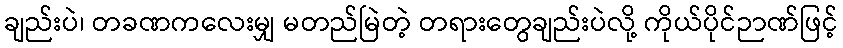
ချည်းပဲ၊ တခဏကလေးမျှ မတည်မြဲတဲ့ တရားတွေချည်းပဲလို့ ကိုယ်ပိုင်ဉာဏ်ဖြင့်